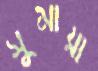
সুমায়া